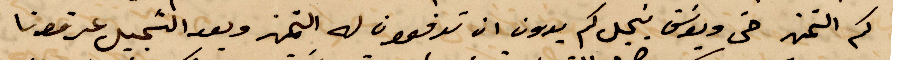
كم التمن حتى ويوسف ينجدكم يدون ان تدفعون له التمن وبعد التسجيل عرفونا